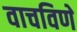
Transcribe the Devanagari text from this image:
वाचविणे